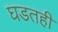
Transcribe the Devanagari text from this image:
घडतही